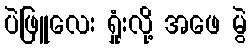
ပဲဖြူလေး ရှုံးလို့ အဖေ မွဲ